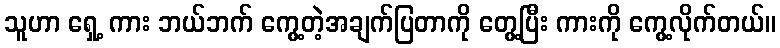
သူဟာ ရှေ့ ကား ဘယ်ဘက် ကွေ့တဲ့အချက်ပြတာကို တွေ့ပြီး ကားကို ကွေ့လိုက်တယ်။